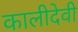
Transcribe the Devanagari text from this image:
कालीदेवी